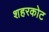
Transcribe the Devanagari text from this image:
शहरकोट